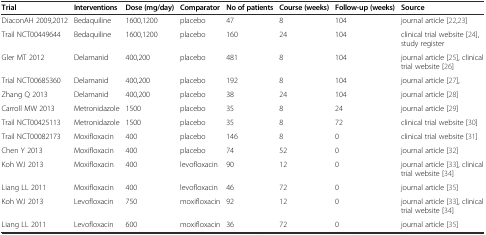
<table><thead><tr><td><b>Trial</b></td><td><b>Interventions</b></td><td><b>Dose (mg/day)</b></td><td><b>Comparator</b></td><td><b>No of patients</b></td><td><b>Course (weeks)</b></td><td><b>Follow-up (weeks)</b></td><td><b>Source</b></td></tr></thead><tbody><tr><td>DiaconAH 2009,2012</td><td>Bedaquiline</td><td>1600,1200</td><td>placebo</td><td>47</td><td>8</td><td>104</td><td>journal article [22,23]</td></tr><tr><td>Trail NCT00449644</td><td>Bedaquiline</td><td>1600,1200</td><td>placebo</td><td>160</td><td>24</td><td>104</td><td>clinical trial website [24], study register</td></tr><tr><td>Gler MT 2012</td><td>Delamanid</td><td>400,200</td><td>placebo</td><td>481</td><td>8</td><td>104</td><td>journal article [25], clinical trial website [26]</td></tr><tr><td>Trial NCT00685360</td><td>Delamanid</td><td>400,200</td><td>placebo</td><td>192</td><td>8</td><td>104</td><td>journal article [27],</td></tr><tr><td>Zhang Q 2013</td><td>Delamanid</td><td>400,200</td><td>placebo</td><td>38</td><td>24</td><td>104</td><td>journal article [28]</td></tr><tr><td>Carroll MW 2013</td><td>Metronidazole</td><td>1500</td><td>placebo</td><td>35</td><td>8</td><td>24</td><td>journal article [29]</td></tr><tr><td>Trail NCT00425113</td><td>Metronidazole</td><td>1500</td><td>placebo</td><td>35</td><td>8</td><td>72</td><td>clinical trial website [30]</td></tr><tr><td>Trail NCT00082173</td><td>Moxifloxacin</td><td>400</td><td>placebo</td><td>146</td><td>8</td><td>0</td><td>clinical trial website [31]</td></tr><tr><td>Chen Y 2013</td><td>Moxifloxacin</td><td>400</td><td>placebo</td><td>74</td><td>52</td><td>0</td><td>journal article [32]</td></tr><tr><td>Koh WJ 2013</td><td>Moxifloxacin</td><td>400</td><td>levofloxacin</td><td>90</td><td>12</td><td>0</td><td>journal article [33], clinical trial website [34]</td></tr><tr><td>Liang LL 2011</td><td>Moxifloxacin</td><td>400</td><td>levofloxacin</td><td>46</td><td>72</td><td>0</td><td>journal article [35]</td></tr><tr><td>Koh WJ 2013</td><td>Levofloxacin</td><td>750</td><td>moxifloxacin</td><td>92</td><td>12</td><td>0</td><td>journal article [33], clinical trial website [34]</td></tr><tr><td>Liang LL 2011</td><td>Levofloxacin</td><td>600</td><td>moxifloxacin</td><td>36</td><td>72</td><td>0</td><td>journal article [35]</td></tr></tbody></table>